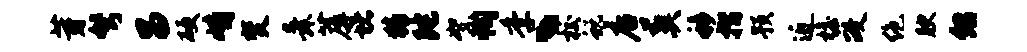
芽弩昌硬峭焚舜蓐堵猜陀絮恂季丶校蜕店葬移摺预近檐政绝腴绍